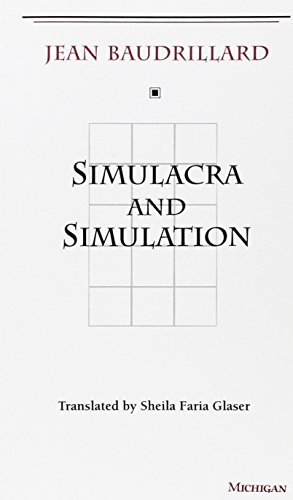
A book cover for Simulacra and Simulation (The Body, In Theory: Histories of Cultural Materialism); Jean Baudrillard; Humor & Entertainment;